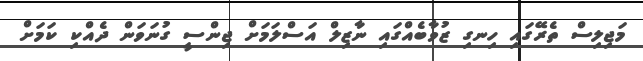
މަޖިލިސް ތެރޭގައި ހިނގި ޒުވާބެއްގައި ނާޒިލް އަސްލަމަށް ޖިންސީ ގުނަވަން ދެއްކި ކަމަށް